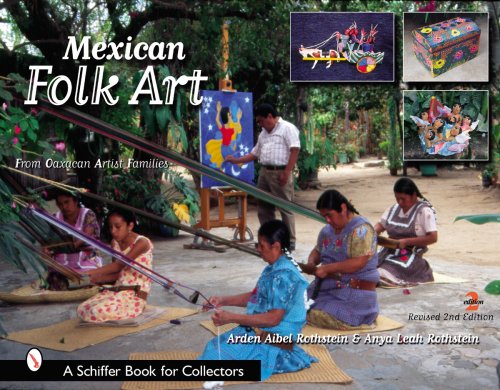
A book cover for Mexican Folk Art: From Oaxacan Artist Families; Arden Aibel Rothstein; Crafts, Hobbies & Home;